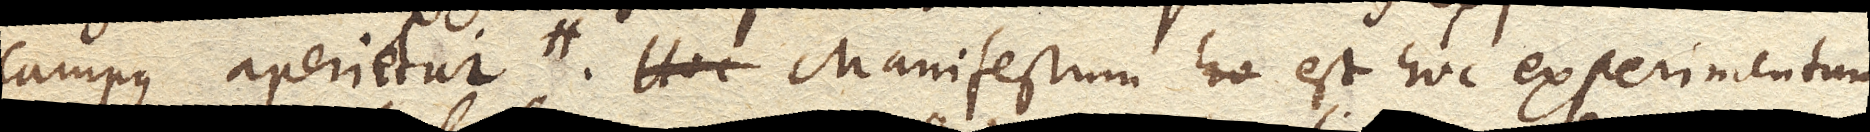
campus aperietur. Manifestum est hoc experimentum